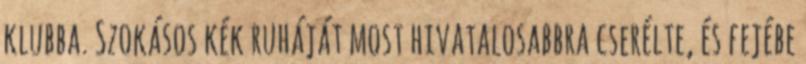
klubba. Szokásos kék ruháját most hivatalosabbra cserélte, és fejébe